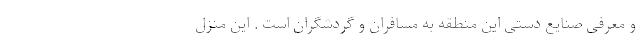
و معرفی صنایع‌ دستی این منطقه به مسافران و گردشگران است . این منزل